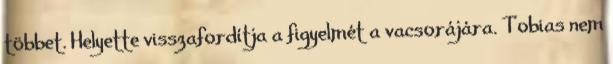
többet. Helyette visszafordítja a figyelmét a vacsorájára. Tobias nem